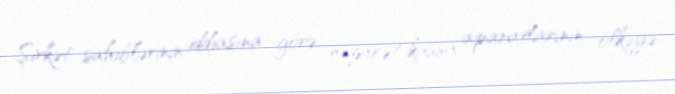
Şirkət sahiblərinin iddiasına görə, nəzarət-kassa aparatlarının ölkəyə